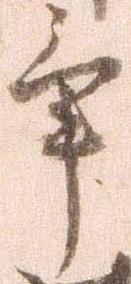
畢